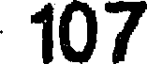
107